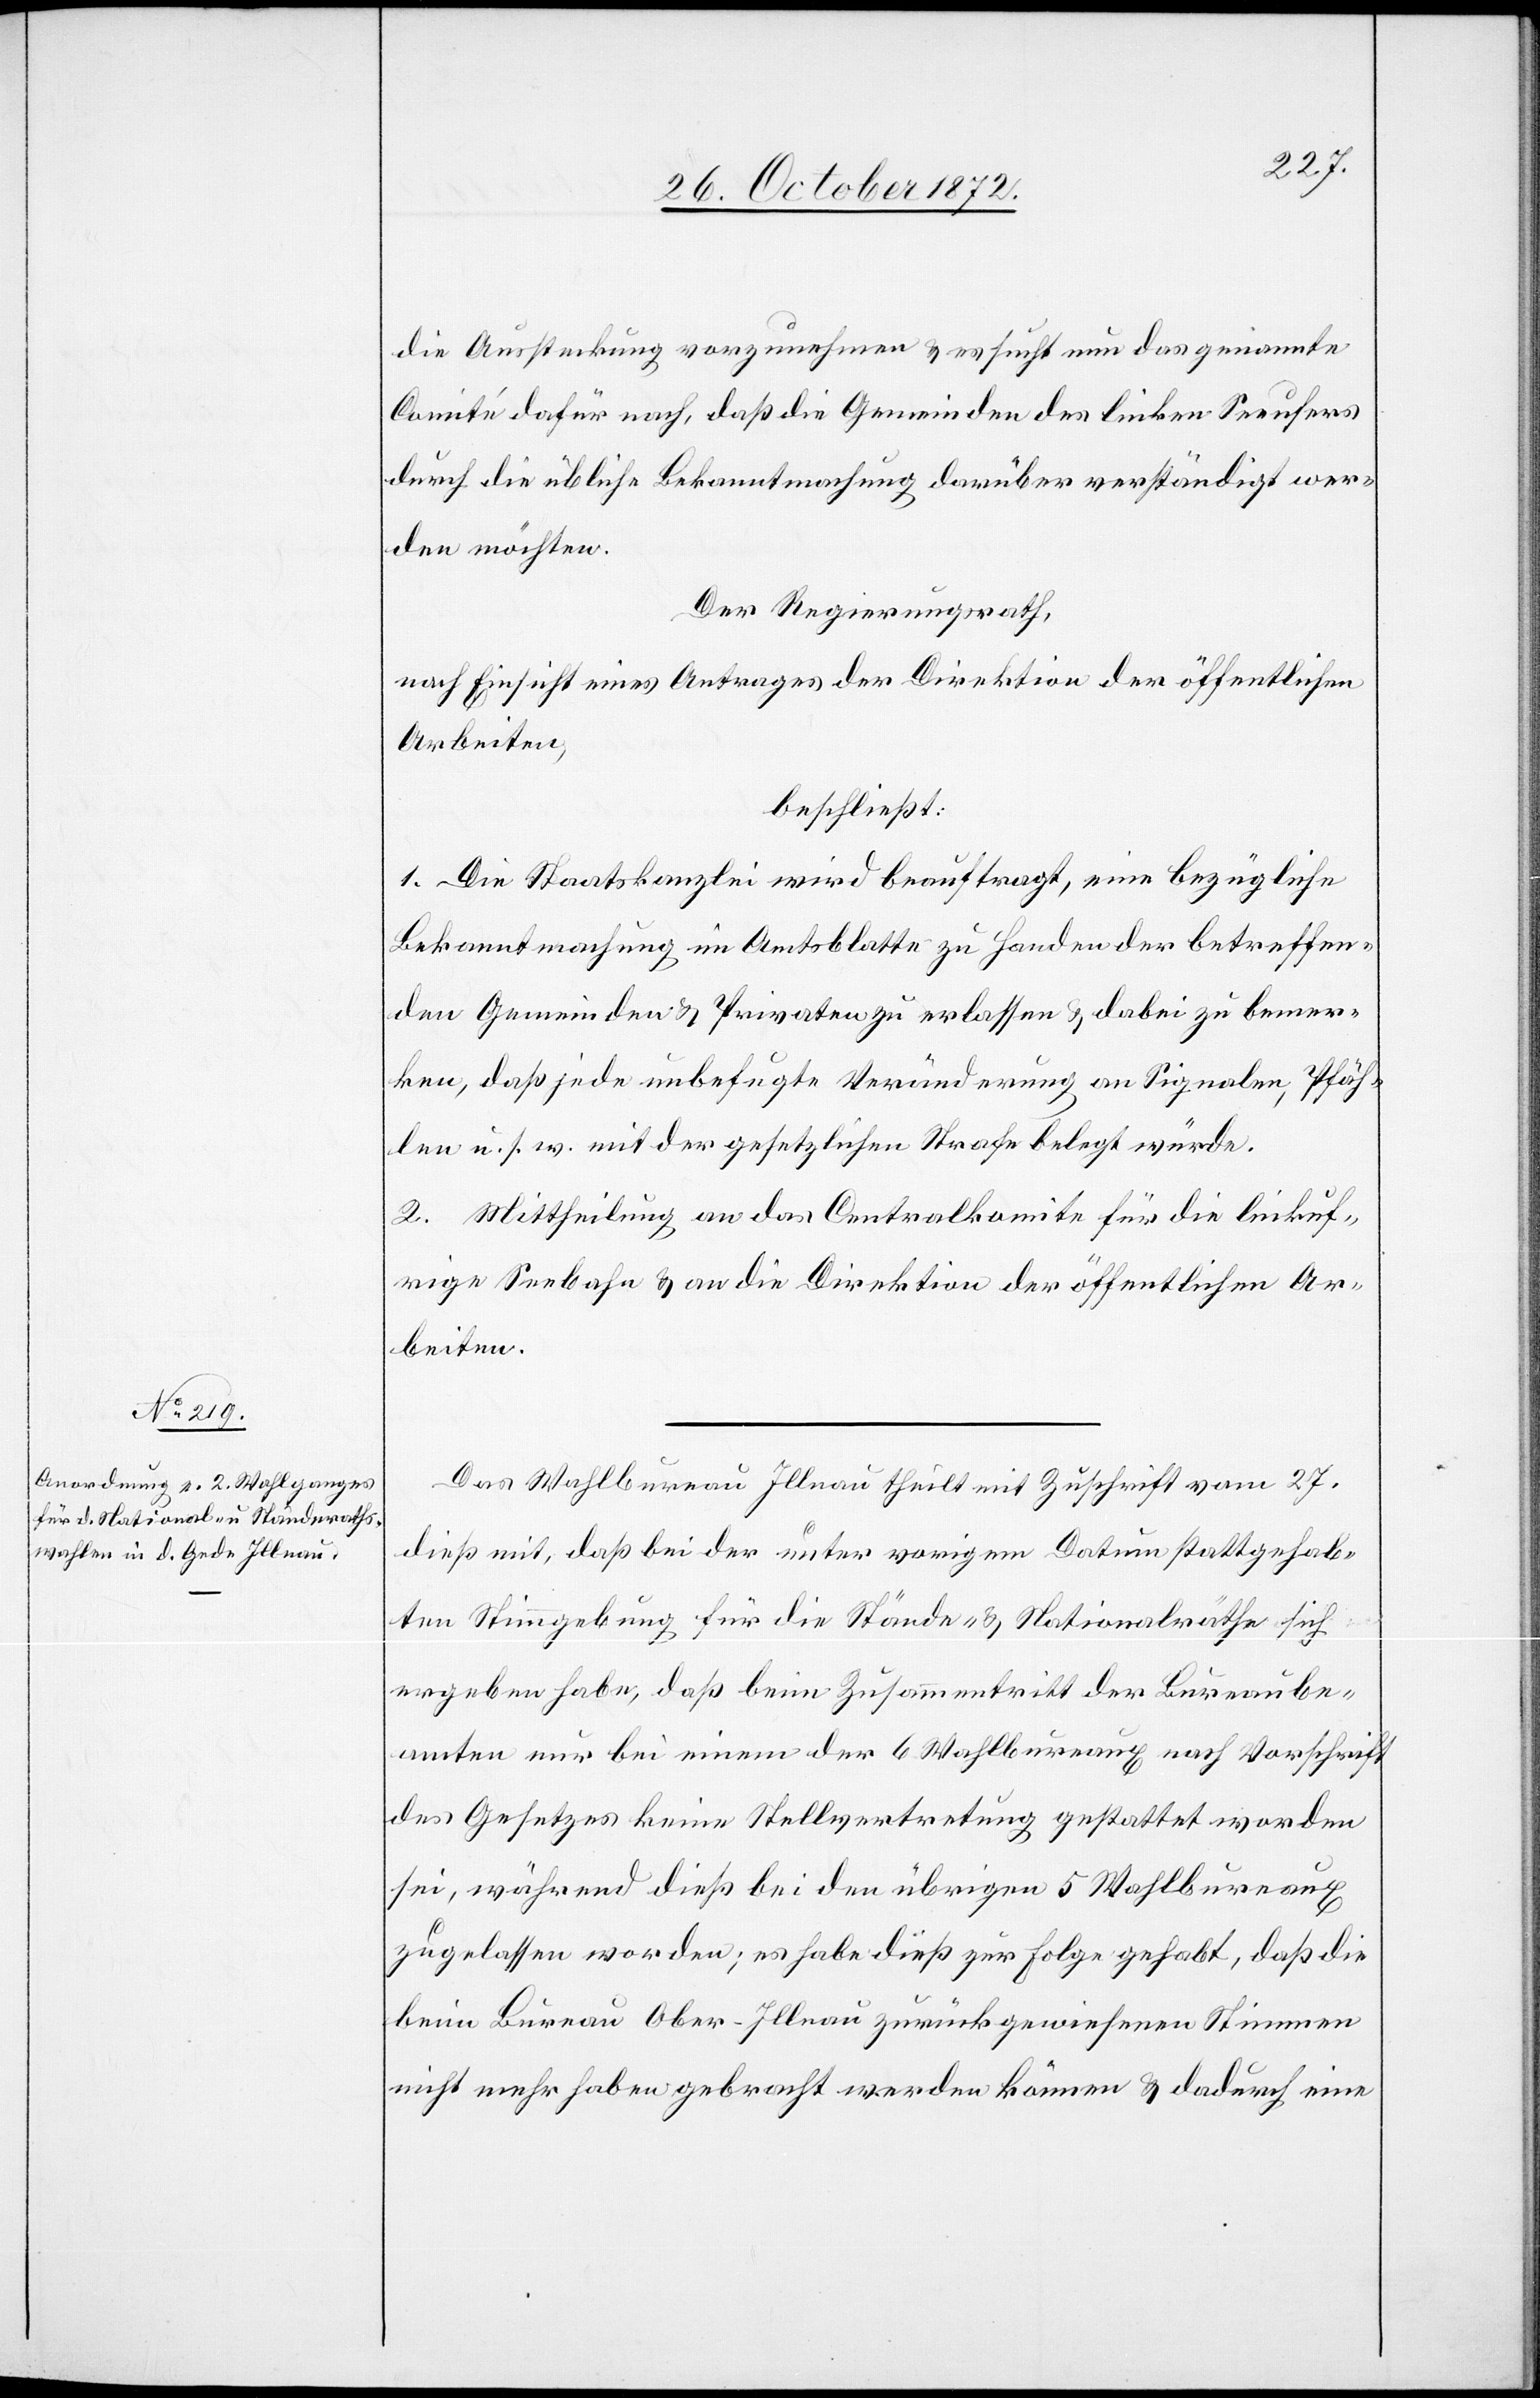
30. October 1872.]
die Aussteckung vorzunehmen u. es sucht nun das genannte
Comité dafür nach, daß die Gemeinden des linken Seeufers
durch die übliche Bekanntmachung darüber verständigt wer¬
den möchten.
Der Regierungsrath,
nach Einsicht eines Antrages der Direktion der öffentlichen
Arbeiten,
beschließt:
1. Die Staatskanzlei wird beauftragt, eine bezügliche
Bekanntmachung im Amtsblatte zu Handen der betreffen¬
den Gemeinden u. Privaten zu erlassen u. dabei zu bemer¬
ken, daß jede unbefugte Veränderung an Signalen, Pfäh¬
len u. s. w. mit der gesetzlichen Strafe belegt würde.
2. Mittheilung an das Centralkomité für die linksuf¬
rige Seebahn u. an die Direktion der öffentlichen Ar¬
beiten.
Das Wahlbureau Illnau theilt mit Zuschrift vom 27.
dieß mit, daß bei der unter vorigem Datum stattgehab¬
ten Stimmgebung für die Stände- u. Nationalräthe sich
ergeben habe, daß beim Zusammentritt der Bureaube¬
amten nur bei einem der 6 Wahlbureaux nach Vorschrift
des Gesetzes keine Stellvertretung gestattet worden
sei, während dieß bei den übrigen 5 Wahlbureaux
zugelassen worden; es habe dieß zur Folge gehabt, daß die
beim Bureau Ober-Illnau zurückgewiesenen Stimmen
nicht mehr haben gebracht werden können u. dadurch eine